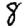
Digit: 8